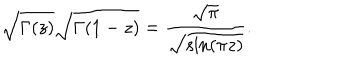
LaTeX: \sqrt { \Gamma ( z ) } \sqrt { \Gamma ( 1 - z ) } = { \frac { \sqrt \pi } { \sqrt { \sin ( \pi z ) } } } .